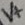
Text: V+